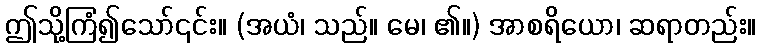
ဤသို့ကြံ၍သော်၎င်း။ (အယံ၊ သည်။ မေ၊ ၏။) အာစရိယော၊ ဆရာတည်း။